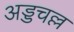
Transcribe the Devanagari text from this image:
अड्डचल्ल